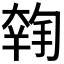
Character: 𡙳